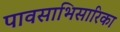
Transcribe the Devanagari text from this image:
पावसाभिसारिका